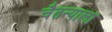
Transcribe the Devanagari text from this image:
चैतन्याला